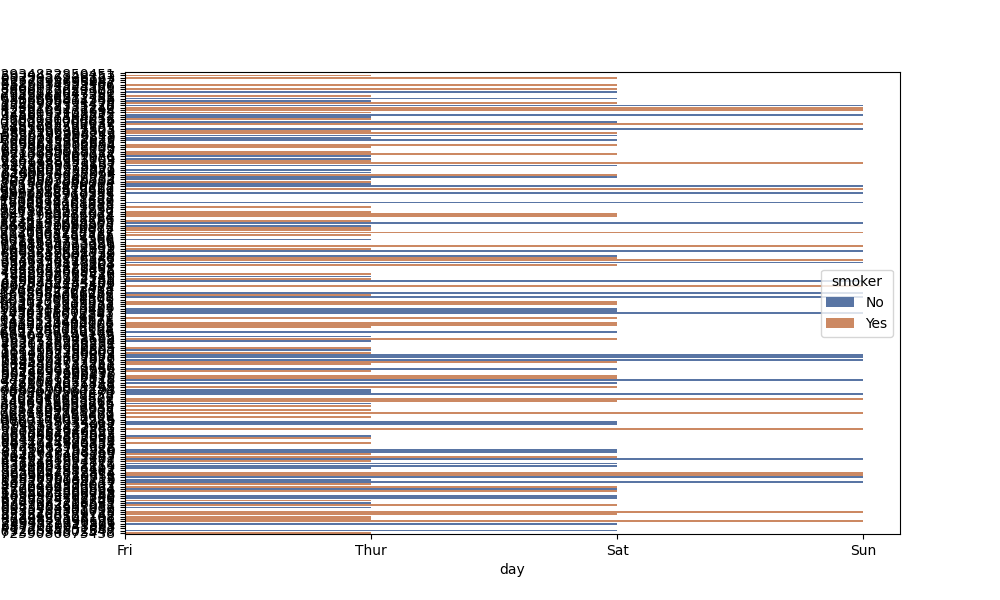
python, seaborn, barplot, hue='smoker', palette='deep', ci=None, orient='h'